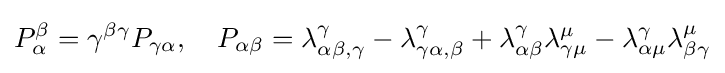
P_{\alpha }^{\beta }=\gamma ^{\beta \gamma }P_{\gamma \alpha },\quad P_{\alpha \beta }=\lambda _{\alpha \beta ,\gamma }^{\gamma }-\lambda _{\gamma \alpha ,\beta }^{\gamma }+\lambda _{\alpha \beta }^{\gamma }\lambda _{\gamma \mu }^{\mu }-\lambda _{\alpha \mu }^{\gamma }\lambda _{\beta \gamma }^{\mu }